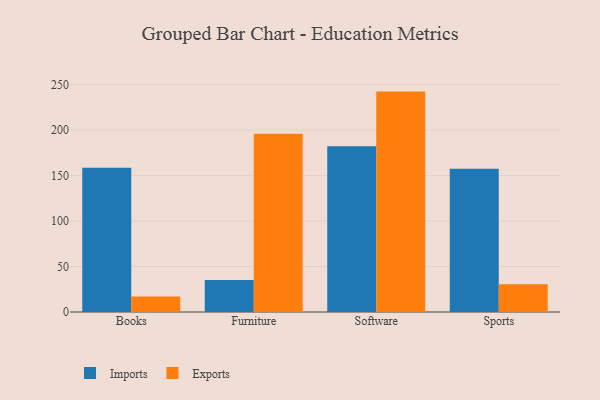
{"axis": {"x": "Category", "y": "Net Income (USD K)"}, "legend": ["Exports", "Imports"], "data": [{"x": "Books", "y": 158.5, "type": "Imports"}, {"x": "Books", "y": 17.0, "type": "Exports"}, {"x": "Furniture", "y": 35.3, "type": "Imports"}, {"x": "Furniture", "y": 195.9, "type": "Exports"}, {"x": "Software", "y": 182.1, "type": "Imports"}, {"x": "Software", "y": 242.3, "type": "Exports"}, {"x": "Sports", "y": 157.5, "type": "Imports"}, {"x": "Sports", "y": 30.6, "type": "Exports"}]}